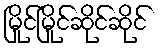
မြိုင်မြိုင်ဆိုင်ဆိုင်